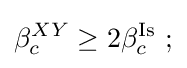
\beta _{c}^{XY}\geq 2\beta _{c}^{\rm {Is}}~;